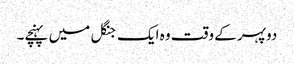
دوپہر کے وقت وہ ایک جنگل میں پہنچے۔